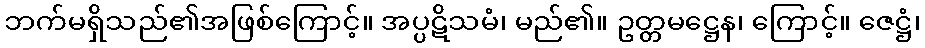
ဘက်မရှိသည်၏အဖြစ်ကြောင့်။ အပ္ပဋိသမံ၊ မည်၏။ ဥတ္တမဋ္ဌေန၊ ကြောင့်။ ဇေဋ္ဌံ၊